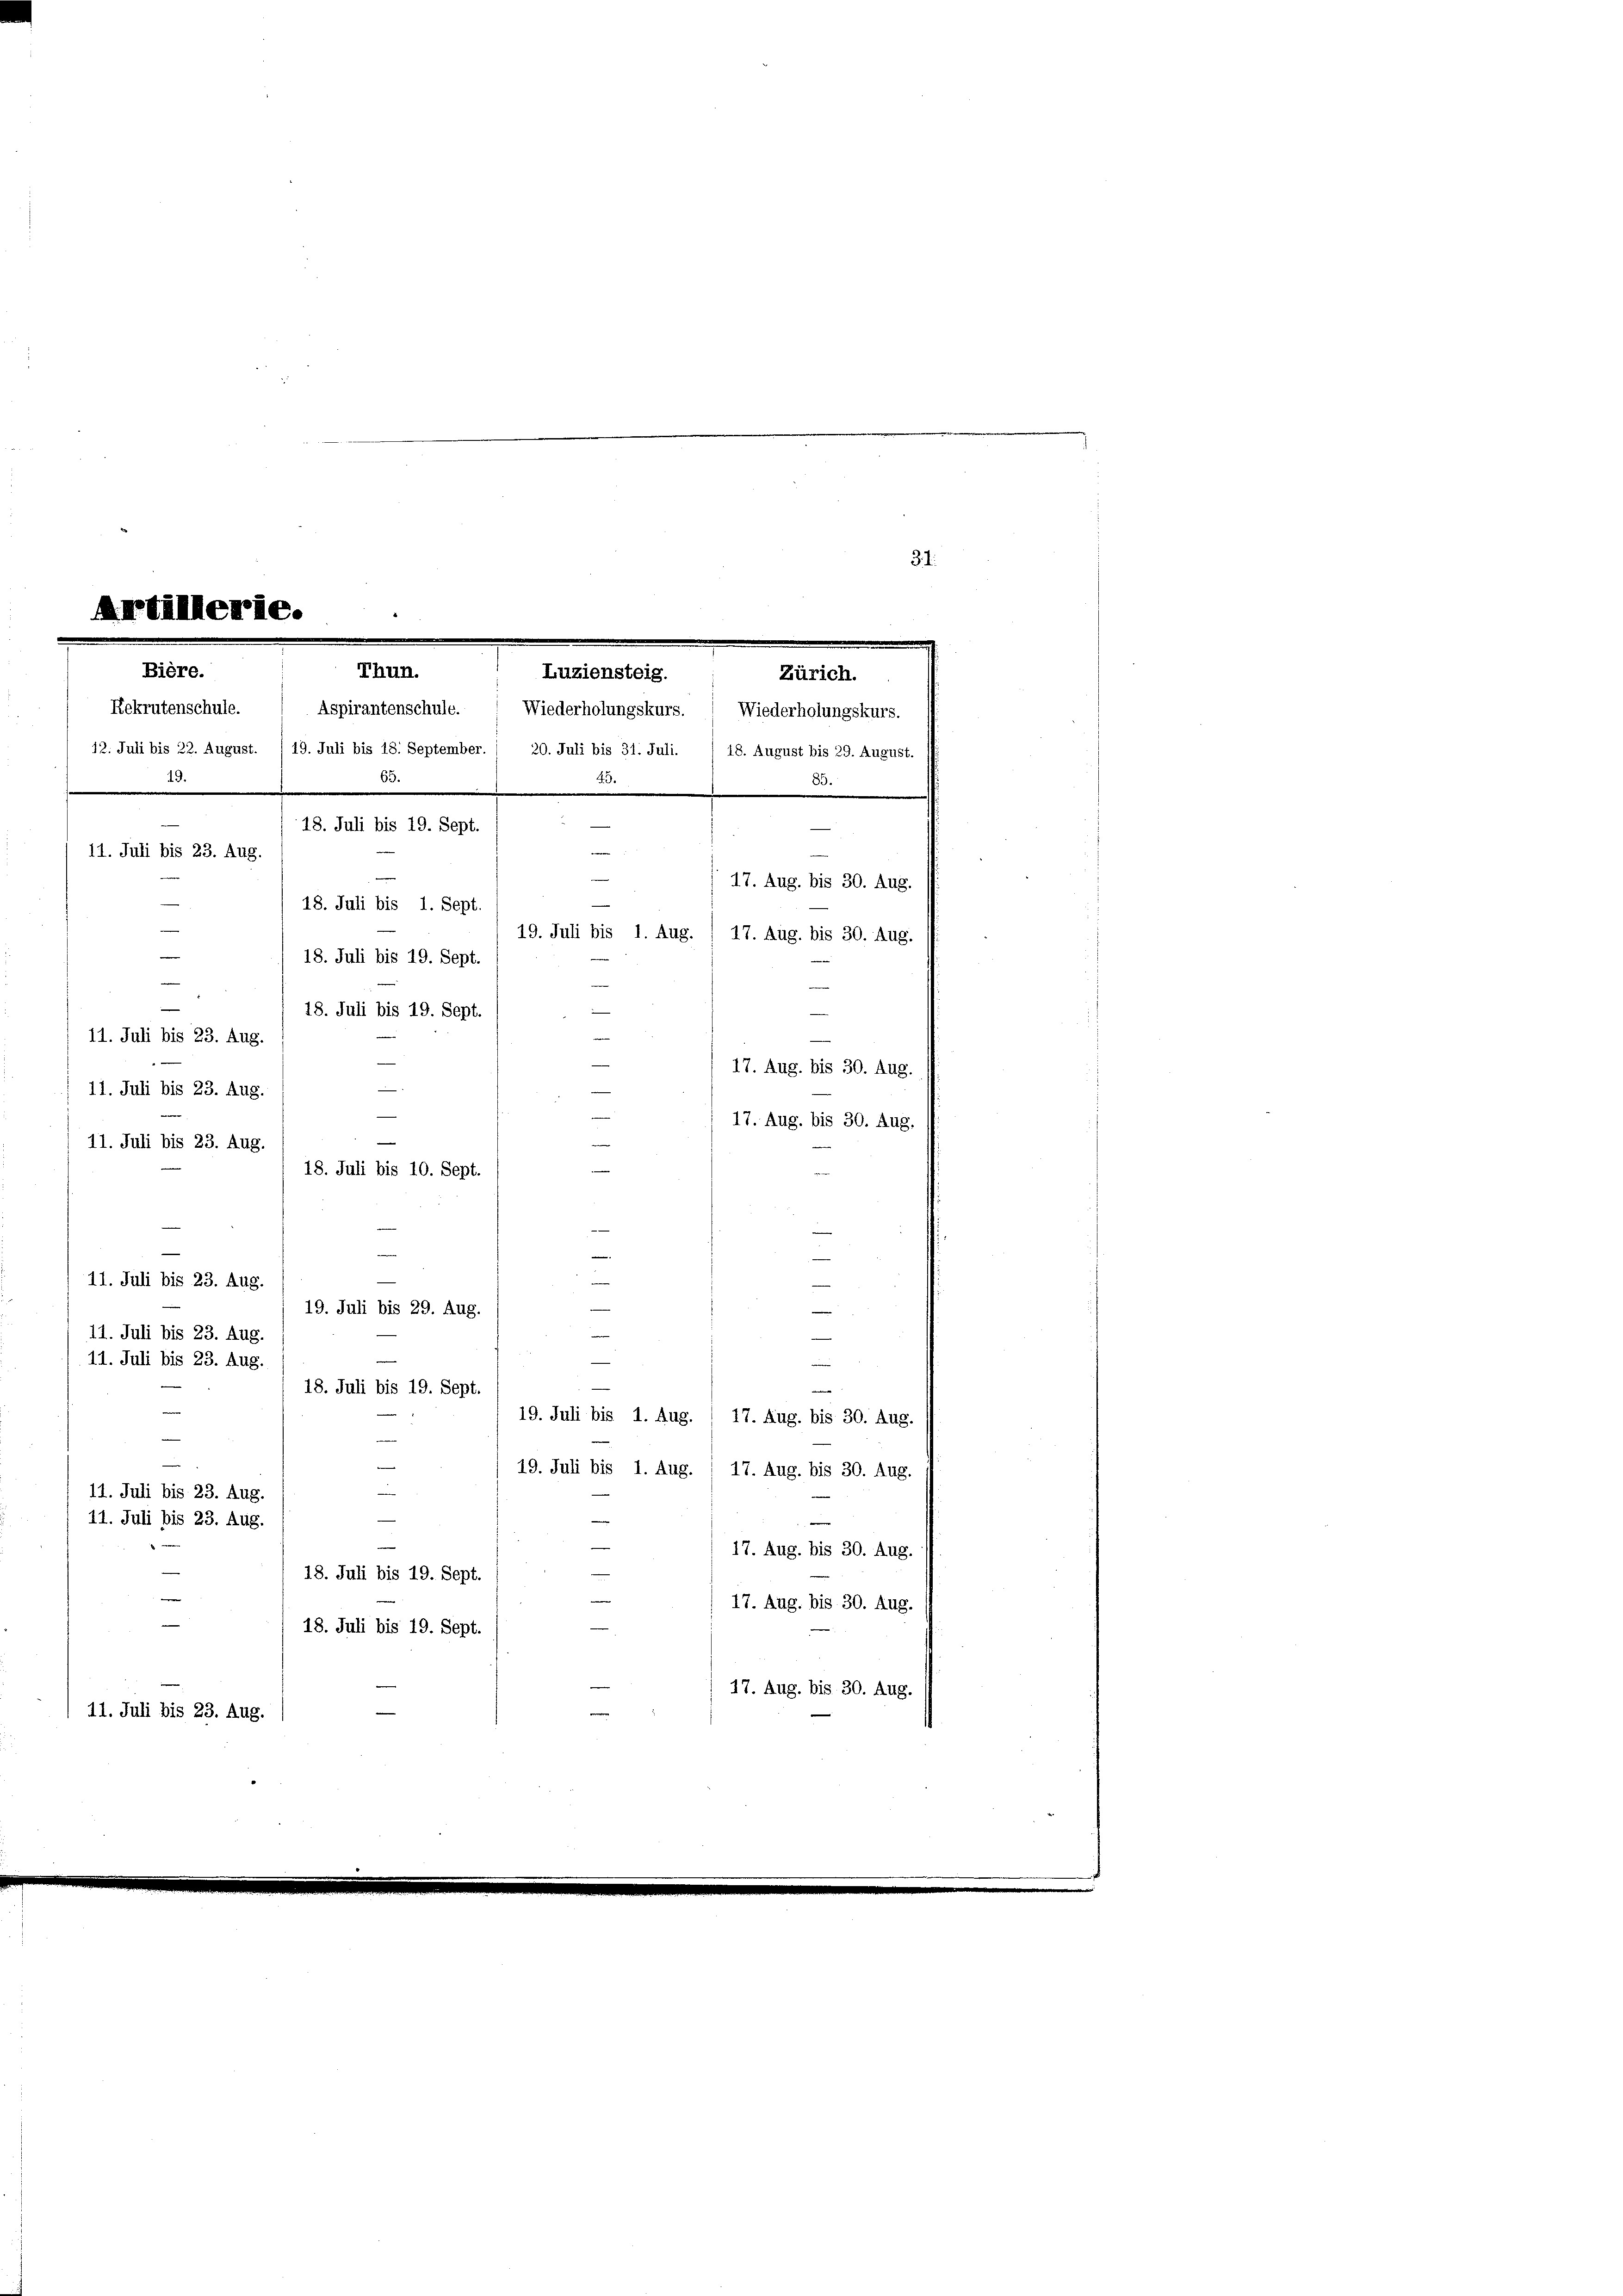
34.
17. Aug. bis 30. Aug.
11. Juli bis 23. Aug.
18. Juli bis 10. Sept.
u
s

11. Juli bis 23. Aug.
19. Juli bis 29. Aug.
e
11. Juli bis 23. Aug.
11. Juli bis 23. Aug.
r
18. Juli bis 19. Sept.
19. Juli bis 1. Aug. / 17. Aug. bis 30. Aug.
19. Juli bis 1. Aug.
17. Aug. bis 30. Aug.
11. Juli bis 23. Aug.
11. Juli bis 23. Aug.
17. Aug. bis 30. Aug.
18. Juli bis 19. Sept
17. Aug. bis 30. Aug.
e
18. Juli bis 19. Sept.
17. Aug. bis 30. Aug.
n
11. Juli bis 23. Aug.

Artillerie.
Thun.
Bière.
Luziensteig.
Rekrutenschule. ( Aspirantenschule. Wiederholungskurs. Wiederholungskurs.
12. Juli bis 22. August. /19. Juli bis 18. September. 1 20. Juli bis 31. Juli. / 18. August bis 29. August.
8.

18. Juli bis 19. Sept.

e

85.
n
3
17. Aug. bis 30. Aug.
18. Juli bis 1. Sept.
19. Juli bis 1. Aug.
17. Aug. bis 30. Aug.
18. Juli bis 19. Sept.
s
¬
18. Juli bis 19. Sept
11. Juli bis 23. Aug.
“
17. Aug. bis 30. Aug.
11. Juli bis 23. Aug.

11. Juli bis 23. Aug.

Zürich.